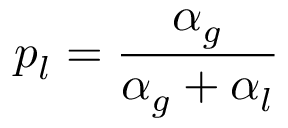
p _ { l } = \frac { \alpha _ { g } } { \alpha _ { g } + \alpha _ { l } }